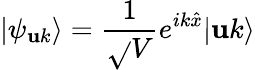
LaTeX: |\psi_{\mathbf{u}k}\rangle=\frac{{1}}{{\sqrt{}{{V}}}}e^{ik\hat{{x}}}|\mathbf{u}k\rangle